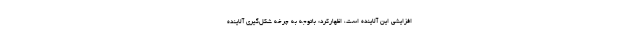
افزایشی این آلاینده است، اظهارکرد: باتوجه به چرخه شکل‌گیری آلاینده